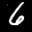
Label: 6